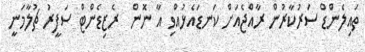
ތައިލެންޑް ސަރުކާރުން ރާއްޖެއަށް ކަނޑައެޅުއްވި އާ ނޮން  ރެޒިޑެންޓް ސަފީރު ޗުލާމަނީ